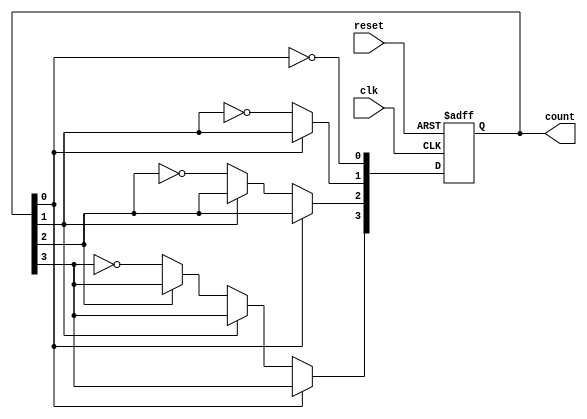
module async_ripple_counter #(
    parameter n = 4  // Number of bits for the counter
) (
    input wire clk,              // Clock input for the first flip-flop
    input wire reset,            // Asynchronous reset input
    output reg [n-1:0] count     // n-bit output count
);

    // Flip-flop behavior implementation
    always @(posedge clk or posedge reset) begin
        if (reset) begin
            count <= 0;           // Reset the counter to 0
        end else begin
            count[0] <= ~count[0]; // Toggle the least significant bit
            if (count[0] == 1'b0) begin // If LSB has transitioned from 1 to 0
                count[1] <= ~count[1]; // Toggle the next bit
                if (count[1] == 1'b0) begin // If the second bit has transitioned
                    count[2] <= ~count[2]; // Toggle the third bit
                    if (count[2] == 1'b0) begin // If the third bit has transitioned
                        count[3] <= ~count[3]; // Toggle the most significant bit (for a 4-bit counter)
                    end
                end
            end
        end
    end

endmodule